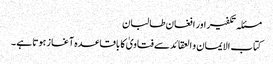
مسئلہ تکفیر اور افغان طالبان
کتاب الایمان و العقائدسے فتاویٰ کا باقاعدہ آغاز ہوتا ہے ۔